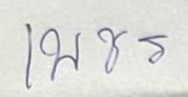
เพชร